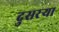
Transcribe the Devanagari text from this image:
दुसरऱ्या